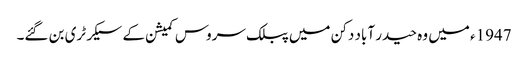
1947ء میں وہ حیدر آباد دکن میں پبلک سروس کمیشن کے سیکرٹری بن گئے۔